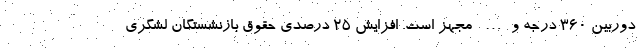
دوربین ۳۶۰ درجه و… مجهز است. افزایش ۲۵ درصدی حقوق بازنشستگان لشگری